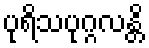
ပုရိသပုဂ္ဂလန္တိ